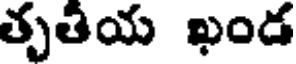
తృతియ ఖండ